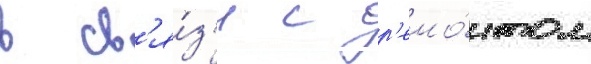
в св'я́з'и с р'емо́нтом